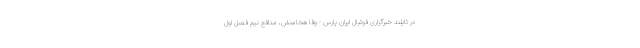
در تایلند خبرگزاری فوتبال ایران پارس - وفا هخامنش، مدافع نیم فصل اول